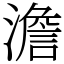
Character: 澹